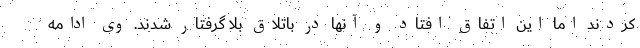
کردند اما این اتفاق افتاد و آنها در باتلاق بلا گرفتار شدند. وی ادامه